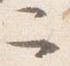
二